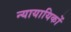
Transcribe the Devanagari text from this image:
न्यायायिकों